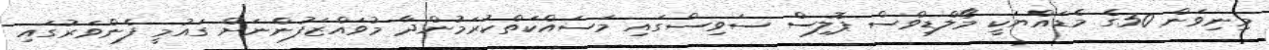
މިނިވަން 50ގެ މެޑައްޔަކީ މޯލްޑިވްސް ޕޮލިސް ސަވިސްގައި މަސައްކަތްކުރަމުންދާ މުވައްޒަފުންނަށް ގައުމީ ފެންވަރުގައި